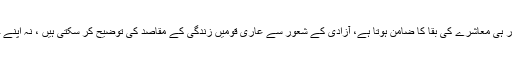
ہمیں تسلیم کر لینا چاہیے کہ آزادی کا شعور ہی معاشرے کی بقا کا ضامن ہوتا ہے، آزادی کے شعور سے عاری قومیں زندگی کے مقاصد کی توضیح کر سکتی ہیں ، نہ اپنے حق حاکمیت کو بچانے کے قابل ہوتی ہیں۔